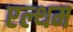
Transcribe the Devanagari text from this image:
एल्थम